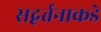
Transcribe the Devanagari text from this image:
सद्वर्तनाकडे